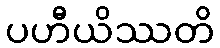
ပဟီယိဿတိ